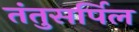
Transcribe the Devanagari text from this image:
तंतुसर्पिल